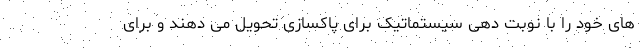
های خود را با نوبت دهی سیستماتیک برای پاکسازی تحویل می دهند و برای